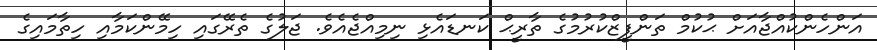
އަންހެންކުއްޖާއަށް ޙުކުމް ތަންފީޒްކުރުމުގެ ތާރީޙް ކަނޑައެޅި ނިމިއްޖެއެވެ. ޖަލުގެ ތެރޭގައި ހިމޭންކަމާއި ހިތާމައިގެ